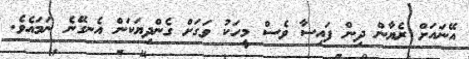
އޭނައަށް ރެޔާން ދިން ފައިސާ ވެސް މީހަކު ވަގަށް ގެންދިޔަކަން އެނގޭނެ ނަމައެވެ.